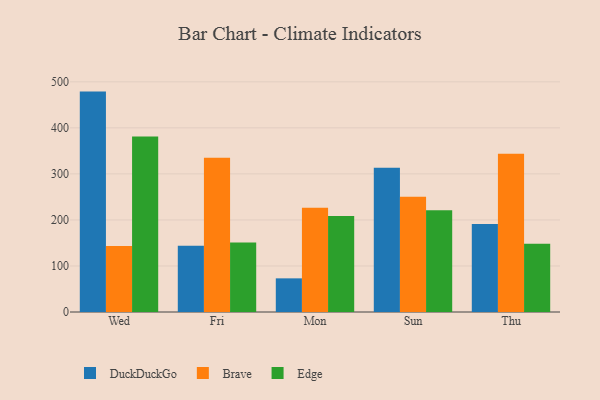
{"axis": {"x": "Day", "y": "Tickets Resolved"}, "legend": ["Brave", "DuckDuckGo", "Edge"], "data": [{"x": "Wed", "y": 478.8, "type": "DuckDuckGo"}, {"x": "Wed", "y": 143.5, "type": "Brave"}, {"x": "Wed", "y": 381.0, "type": "Edge"}, {"x": "Fri", "y": 144.0, "type": "DuckDuckGo"}, {"x": "Fri", "y": 335.1, "type": "Brave"}, {"x": "Fri", "y": 151.1, "type": "Edge"}, {"x": "Mon", "y": 73.1, "type": "DuckDuckGo"}, {"x": "Mon", "y": 226.5, "type": "Brave"}, {"x": "Mon", "y": 208.7, "type": "Edge"}, {"x": "Sun", "y": 313.1, "type": "DuckDuckGo"}, {"x": "Sun", "y": 250.6, "type": "Brave"}, {"x": "Sun", "y": 221.2, "type": "Edge"}, {"x": "Thu", "y": 191.2, "type": "DuckDuckGo"}, {"x": "Thu", "y": 343.7, "type": "Brave"}, {"x": "Thu", "y": 148.4, "type": "Edge"}]}